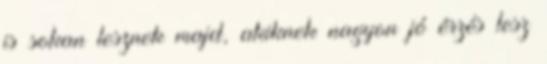
is sokan lesznek majd, akiknek nagyon jó érzés lesz